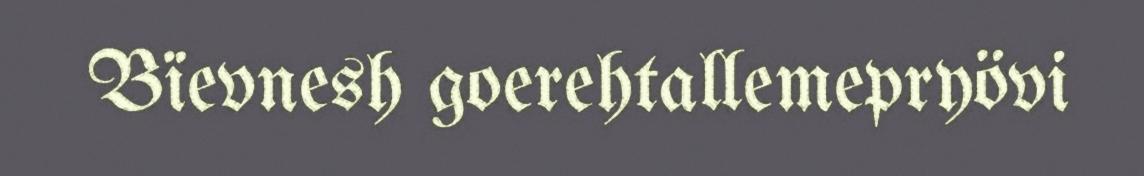
Bïevnesh goerehtallemepryövi